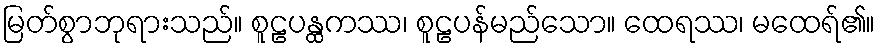
မြတ်စွာဘုရားသည်။ စူဠပန္ထကဿ၊ စူဠပန်မည်သော။ ထေရဿ၊ မထေရ်၏။